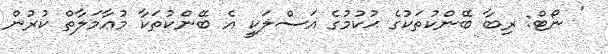
' ނޯޓް: ރިބާ ބޭންކުތަކުގެ ޙުކުމުގެ އަސްލަކީ އެ ބޭންކުތަކާ މުޢާމަލާތް ކުރުން